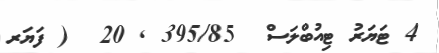
4 ޓަޔަރު ޓިއުބްލަސް  395/85